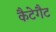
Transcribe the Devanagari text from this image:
कैटेगैट